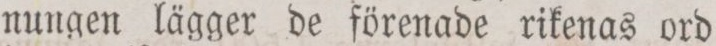
nungen lägger de förenade rikenas ord